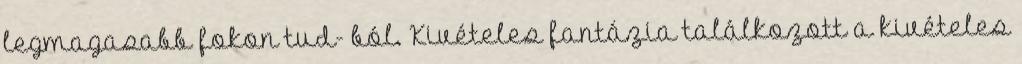
legmagasabb fokon tud- ból. Kivételes fantázia találkozott a kivételes